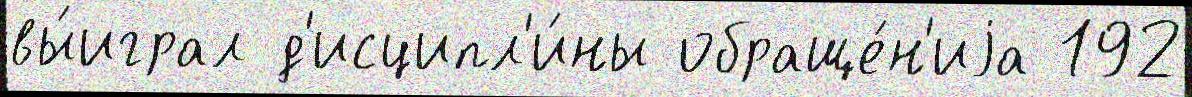
вы́играл д'исципл'и́ны обраще́н'иjа 192